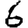
Digit: 6